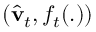
( \widehat { \bf v } _ { t } , f _ { t } ( . ) )